Vaccine operations Central Provinces & Berar 1922-1929 - 1922-1929
Year: 1922
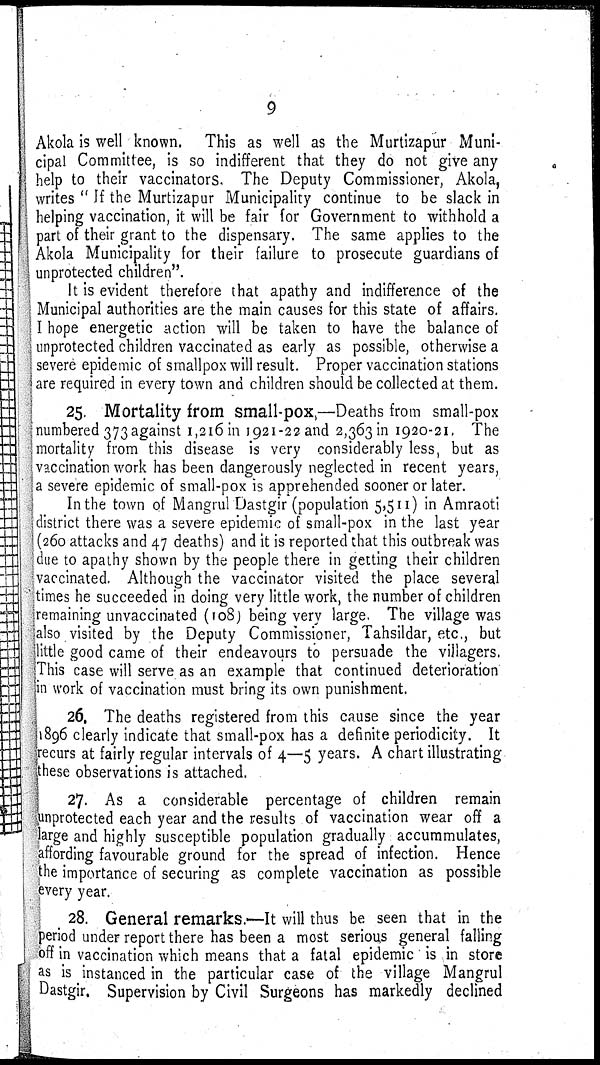
9
Akola is well known. This as well as the Murtizapur Muni-
cipal Committee, is so indifferent that they do not give any
help to their vaccinators. The Deputy Commissioner, Akola,
writes " If the Murtizapur Municipality continue to be slack in
helping vaccination, it will be fair for Government to withhold a
part of their grant to the dispensary. The same applies to the
Akola Municipality for their failure to prosecute guardians of
unprotected children".
It is evident therefore that apathy and indifference of the
Municipal authorities are the main causes for this state of affairs.
I hope energetic action will be taken to have the balance of
unprotected children vaccinated as early as possible, otherwise a
severe epidemic of smallpox will result. Proper vaccination stations
are required in every town and children should be collected at them.
25. Mortality from small-pox,—Deaths from small-pox
numbered 373 against 1,216 in 1921-22 and 2,363 in 1920-21. The
mortality from this disease is very considerably less, but as
vaccination work has been dangerously neglected in recent years,
a severe epidemic of small-pox is apprehended sooner or later.
In the town of Mangrul Dastgir (population 5,511) in Amraoti
district there was a severe epidemic of small-pox in the last year
(260 attacks and 47 deaths) and it is reported that this outbreak was
due to apathy shown by the people there in getting their children
vaccinated. Although the vaccinator visited the place several
times he succeeded in doing very little work, the number of children
remaining unvaccinated (108) being very large. The village was
also visited by the Deputy Commissioner, Tahsildar, etc., but
little good came of their endeavours to persuade the villagers.
This case will serve as an example that continued deterioration
in work of vaccination must bring its own punishment.
26. The deaths registered from this cause since the year
1896 clearly indicate that small-pox has a definite periodicity. It
recurs at fairly regular intervals of 4—5 years. A chart illustrating
these observations is attached.
27. As a considerable percentage of children remain
unprotected each year and the results of vaccination wear off a
large and highly susceptible population gradually accummulates,
affording favourable ground for the spread of infection. Hence
the importance of securing as complete vaccination as possible
every year.
28. General remarks.—It will thus be seen that in the
period under report there has been a most serious general falling
off in vaccination which means that a fatal epidemic is in store
as is instanced in the particular case of the village Mangrul
Dastgir. Supervision by Civil Surgeons has markedly declined